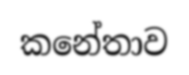
කනේතාව